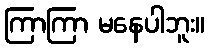
ကြာကြာ မနေပါဘူး။